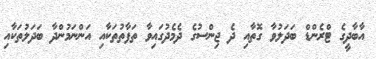
އާބާދީގެ ޓްރެންޑް ބަދަލުވާ ގޮތާއި ދެ ޖިންސުގެ ދެމެދުގައިވާ ތަފާތުތަކާއި އަންނަމުންދާ ބަދަލުތަކާއި